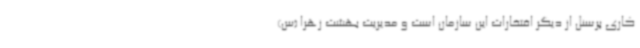
کاری پرسنل از دیگر افتخارات این سازمان است و مدیریت بهشت زهرا (س)